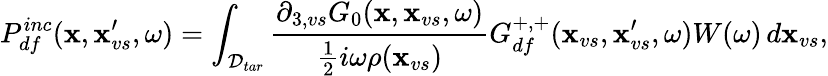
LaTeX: P_{df}^{inc}(\textbf{x},\textbf{x}_{vs}^{\prime},\omega)=\int_{\mathcal{D}_{tar}}\frac{\partial_{3,vs}G_{0}(\textbf{x},\textbf{x}_{vs},\omega)}{\frac{1}{2}i\omega\rho(\textbf{x}_{vs})}G_{df}^{+,+}(\textbf{x}_{vs},\textbf{x}_{vs}^{\prime},\omega)W(\omega)\, d\textbf{x}_{vs},